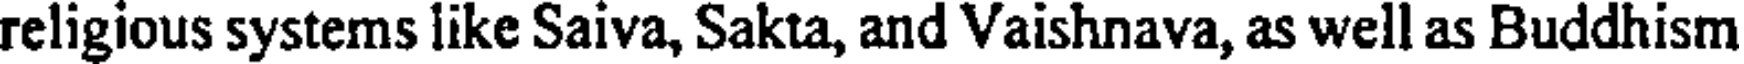
religious systems like Saiva, Sakta, and Vaishnava, as well as Buddhism